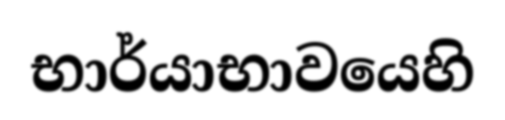
භාර්යාභාවයෙහි